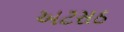
અટસઠ